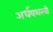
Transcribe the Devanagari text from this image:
अर्धयशस्वी